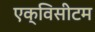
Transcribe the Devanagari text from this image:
एक्विसीटम